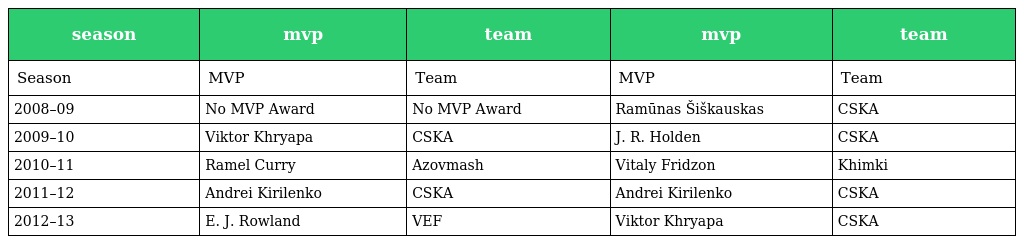
| season | mvp | team | mvp | team |
 | --- | --- | --- | --- | --- |
 | Season | MVP | Team | MVP | Team |
 | 2008–09 | No MVP Award | No MVP Award | Ramūnas Šiškauskas | CSKA |
 | 2009–10 | Viktor Khryapa | CSKA | J. R. Holden | CSKA |
 | 2010–11 | Ramel Curry | Azovmash | Vitaly Fridzon | Khimki |
 | 2011–12 | Andrei Kirilenko | CSKA | Andrei Kirilenko | CSKA |
 | 2012–13 | E. J. Rowland | VEF | Viktor Khryapa | CSKA |